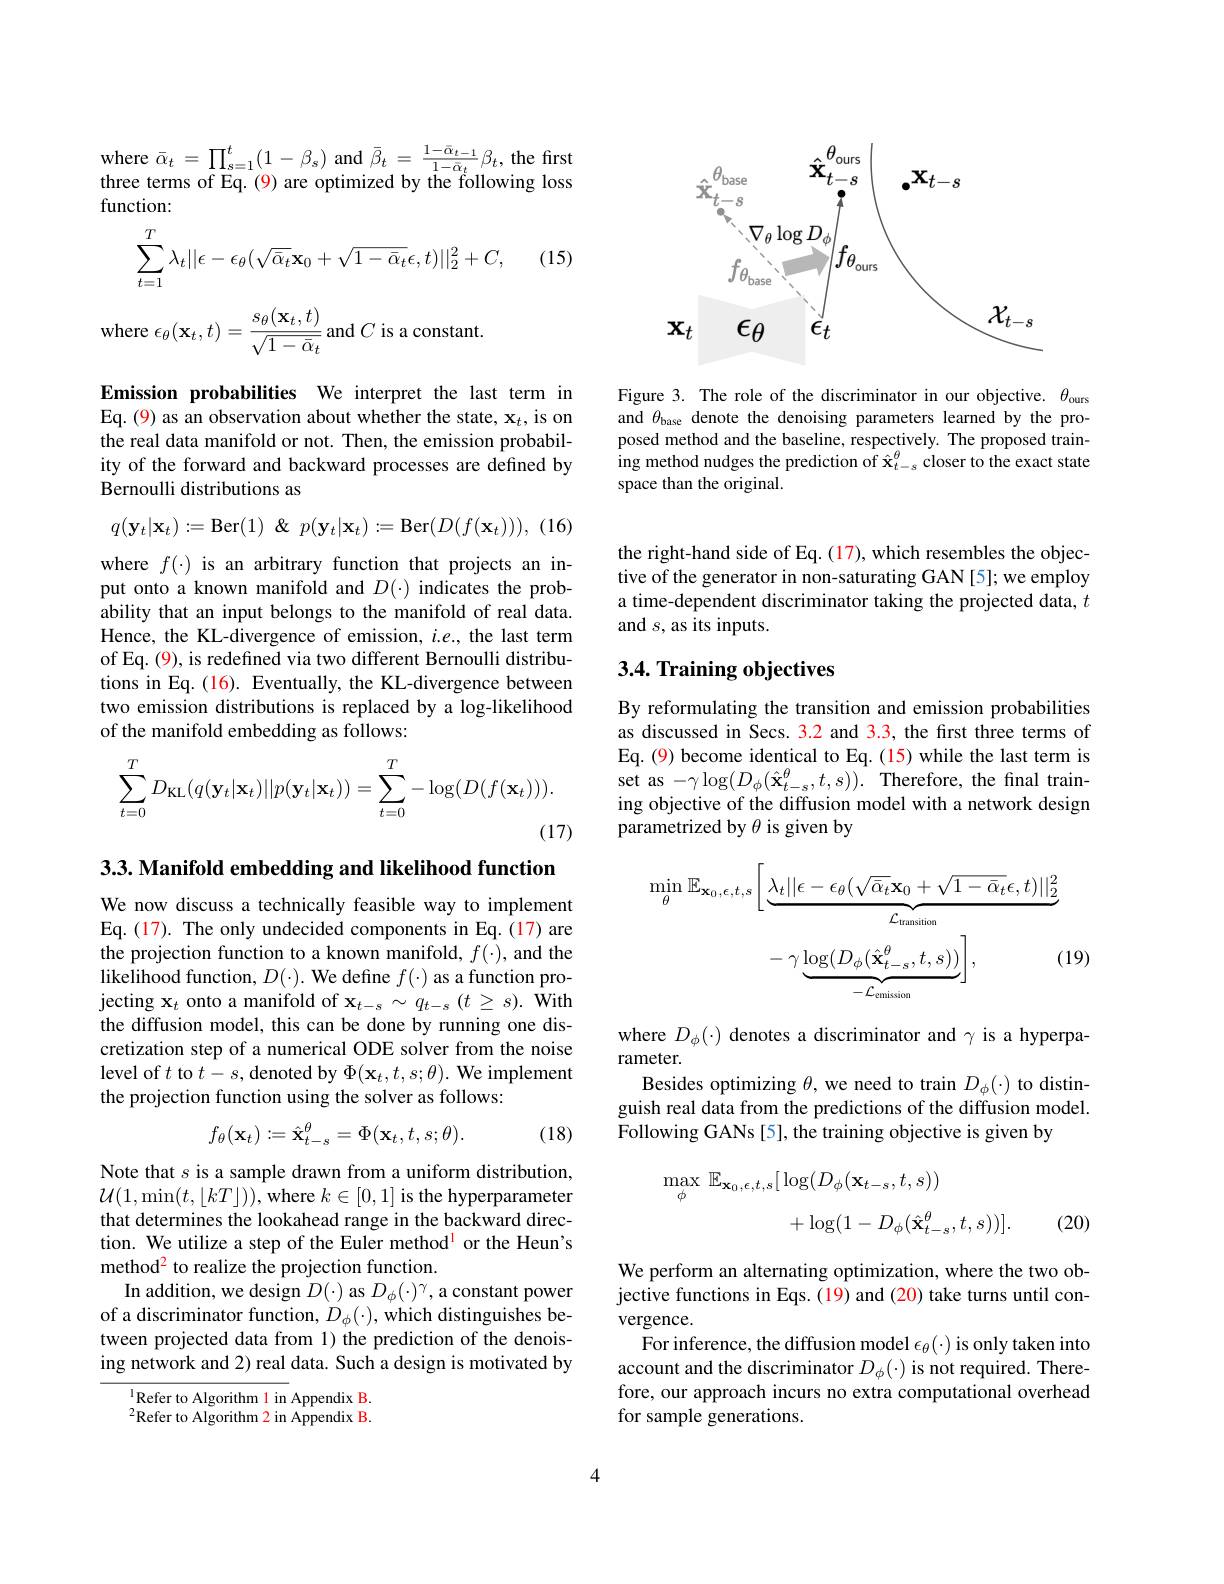
where $\bar{\alpha}_t=\prod_{s=1}^{t}(1-\beta_{s})$ and $\bar{\beta}_t=\frac{1-\bar{\alpha}_{t-1}}{1-\bar{\alpha}_{t}}\beta_{t}$, the first three terms of Eq. (9) are optimized by the following loss function:
$$\begin{aligned}\sum_{t=1}^T\lambda_t||\epsilon-\epsilon_\theta(\sqrt{\bar{\alpha}_t}\mathbf{x}_0+\sqrt{1-\bar{\alpha}_t}\epsilon,t)||_2^2+C,\end{aligned}$$
(15)

where $\epsilon_{\theta}(\mathbf{x}_{t},t)=\frac{s_{\theta}(\mathbf{x}_{t},t)}{\sqrt{1-\bar{\alpha}_{t}}}$and $C$ is a constant

Emission probabilities We interpret the last term in Eq. (9) as an observation about whether the state, x$_t$, is on the real data manifold or not. Then, the emission probability of the forward and backward processes are defined by Bernoulli distributions as
$$q(\mathbf{y}_t|\mathbf{x}_t):=\mathrm{Ber}(1)\:\&\:p(\mathbf{y}_t|\mathbf{x}_t):=\mathrm{Ber}(D(f(\mathbf{x}_t))),$$
(16)
where $f(\cdot)$ is an arbitrary function that projects an input onto a known manifold and $D(\cdot)$ indicates the probability that an input belongs to the manifold of real data. Hence, the KL-divergence of emission, $i.e.$, the last term of Eq. (9), is redefined via two different Bernoulli distributions in Eq. (16). Eventually, the KL-divergence between two emission distributions is replaced by a log-likelihood of the manifold embedding as follows:
$$\sum_{t=0}^TD_{\mathrm{KL}}(q(\mathbf{y}_t|\mathbf{x}_t)||p(\mathbf{y}_t|\mathbf{x}_t))=\sum_{t=0}^T-\log(D(f(\mathbf{x}_t))).$$
(17)

$3. 3. \textbf{Manifold embedding and likelihood function}$

We now discuss a technically feasible way to implement Eq. (17). The only undecided components in Eq. (17) are the projection function to a known manifold, $f(\cdot)$, and the likelihood function, $D(\cdot).$ We define $f(\cdot)$ as a function projecting $\mathbf{x}_t$ onto a manifold of $\mathbf{x}_t-s\sim q_{t-s}(t\geq s).$ With the diffusion model, this can be done by running one discretization step of a numerical ODE solver from the noise level of $t$ to $t-s$, denoted by $\Phi(\mathbf{x}_t,t,s;\theta).$ We implement the projection function using the solver as follows:
$$f_\theta(\mathbf{x}_t):=\hat{\mathbf{x}}_{t-s}^\theta=\Phi(\mathbf{x}_t,t,s;\theta).$$
(18)

Note that $s$ is a sample drawn from a uniform distribution, $\mathcal{U}(1,\operatorname*{min}(t,\lfloor kT\rfloor))$,where $k\in[0,1]$ is the hyperparameter that determines the lookahead range in the backward direction. We utilize a step of the Euler method$^{\mathrm{l}}$ or the Heun's method$^2$ to realize the projection function.
In addition, we design $D(\cdot)$ as $D_\phi(\cdot)^\gamma$, a constant power of a discriminator function, $D_\phi(\cdot)$, which distinguishes between projected data from 1) the prediction of the denoising network and 2) real data. Such a design is motivated by

$^{1}$Refer to Algorithm l in Appendix B. ${}^{2}$Refer to Algorithm 2 in Appendix B.

<FigureHere>

Figure 3. The role of the discriminator in our objective. $\theta_\mathrm{ours}$ and $\theta_\mathrm{base}$ denote the denoising parameters learned by the proposed method and the baseline, respectively. The proposed training method nudges the prediction of $\hat{\mathbf{x}}_{t-s}^{\theta}$ closer to the exact state space than the original.

the right-hand side of Eq. (17), which resembles the objective of the generator in non-saturating GAN [5]; we employ a time-dependent discriminator taking the projected data, $t$ and $s$, as its inputs.

## 3.4. Training objectives

By reformulating the transition and emission probabilities as discussed in Secs. 3.2 and 3.3, the first three terms of Eq. (9) become identical to Eq. (15) while the last term is set as $-\gamma\log(D_{\phi}(\hat{\mathbf{x}}_{t-s}^{\theta},t,s)).$ Therefore, the final training objective of the diffusion model with a network design parametrized by $\theta$ is given by
$$\begin{aligned}\operatorname*{min}_{\theta}\mathbb{E}_{\mathbf{x}_{0},\epsilon,t,s}\bigg[\underbrace{\lambda_{t}||\epsilon-\epsilon_{\theta}(\sqrt{\bar{\alpha}_{t}}\mathbf{x}_{0}+\sqrt{1-\bar{\alpha}_{t}}\epsilon,t)||_{2}^{2}}_{\mathcal{L}_{\mathrm{transition}}}\\&-\gamma\underbrace{\log(D_{\phi}(\hat{\mathbf{x}}_{t-s}^{\theta},t,s))}_{-\mathcal{L}_{\mathrm{emission}}}\bigg],&\text{(1}\end{aligned}$$
where $D_\phi(\cdot)$ denotes a discriminator and $\gamma$ is a hyperpa-
rameter.
Besides optimizing $\theta$, we need to train $D_\phi(\cdot)$ to distinguish real data from the predictions of the diffusion model. Following GANs [5], the training objective is given by
$$\begin{aligned}\max_{\phi}\:\mathbb{E}_{\mathbf{x}_{0},\epsilon,t,s}[\log(D_{\phi}(\mathbf{x}_{t-s},t,s))\\&+\log(1-D_{\phi}(\hat{\mathbf{x}}_{t-s}^{\theta},t,s))].\end{aligned}$$
(20)

We perform an alternating optimization, where the two objective functions in Eqs. (19) and (20) take turns until convergence.
For inference, the diffusion model $\epsilon _{\theta }( \cdot )$ is only taken into account and the discriminator $D_\phi(\cdot)$ is not required. Therefore, our approach incurs no extra computational overhead for sample generations.

4